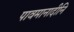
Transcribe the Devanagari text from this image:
पावमानादीनि